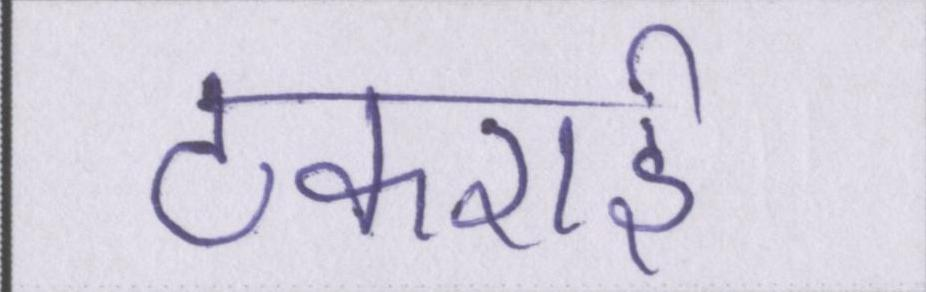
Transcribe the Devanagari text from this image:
टकराई।